Scientific memoirs by medical officers of the Army of India - Part II,
Year: 1886
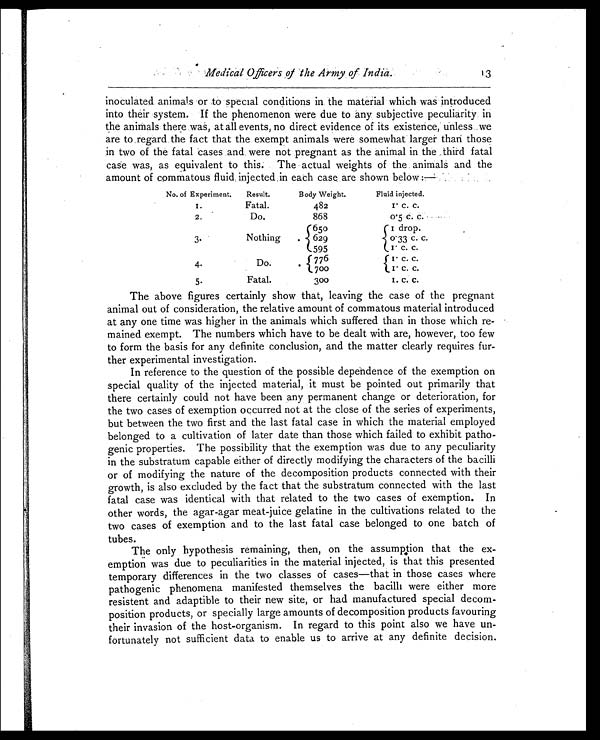
Medical Officers of the Army of India.
13
inoculated animals or to special conditions in the material which was introduced
into their system. If the phenomenon were due to any subjective peculiarity in
the animals there was, at all events, no direct evidence of its existence, unless we
are to regard the fact that the exempt animals were somewhat larger than those
in two of the fatal cases and were not pregnant as the animal in the third fatal
case was, as equivalent to this. The actual weights of the animals and the
amount of commatous fluid injected in each case are shown below :—
No. of Experiment.
Result.
Body Weight.
Fluid injected.
1.
Fatal.
482
1 . c . c .
2.
Do.
868
o.5 c. c.
3 .
Nothing
650
.
629
595
1 drop.
.
0.33 c. c.
1 c . c .
4 .
Do.
776
.
700
.
1
c.
c.
1 . c . c .
5.
Fatal.
3 0 0
1 . c . c .
The above figures certainly show that, leaving the case of the pregnant
animal out of consideration, the relative amount of commatous material introduced
at any one time was higher in the animals which suffered than in those which re-
mained exempt. The numbers which have to be dealt with are, however, too few
to form the basis for any definite conclusion, and the matter clearly requires fur-
ther experimental investigation.
In reference to the question of the possible dependence of the exemption on
special quality of the injected material, it must be pointed out primarily that
there certainly could not have been any permanent change or deterioration, for
the two cases of exemption occurred not at the close of the series of experiments,
but between the two first and the last fatal case in which the material employed
belonged to a cultivation of later date than those which failed to exhibit patho-
genic properties. The possibility that the exemption was due to any peculiarity
in the substratum capable either of directly modifying the characters of the bacilli
or of modifying the nature of the decomposition products connected with their
growth, is also excluded by the fact that the substratum connected with the last
fatal case was identical with that related to the two cases of exemption. In
other words, the agar-agar meat-juice gelatine in the cultivations related to the
two cases of exemption and to the last fatal case belonged to one batch of
tubes.
The only hypothesis remaining, then, on the assumption that the ex-
emption was due to peculiarities in the material injected, is that this presented
temporary differences in the two classes of cases—that in those cases where
pathogenic phenomena manifested themselves the bacilli were either more
resistent and adaptible to their new site, or had manufactured special decom-
position products, or specially large amounts of decomposition products favouring
their invasion of the host-organism. In regard to this point also we have un-
fortunately not sufficient data to enable us to arrive at any definite decision.